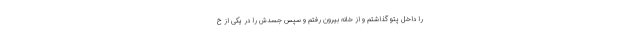
را داخل پتو گذاشتم و از خانه بیرون رفتم و سپس جسدش را در یکی از خ